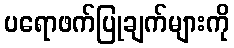
ပရောဖက်ပြုချက်များကို